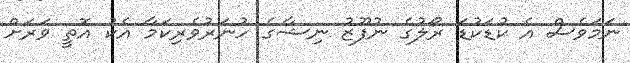
ނަމަވެސް އެ ކުޑަކުޑަ ރޯލުގެ ނުފޫޒު ނިޝާގެ ހުނަރުވެރިކަމާ އެކު އޮތީ ވަރަށް